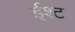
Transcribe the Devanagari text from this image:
ईश्ट